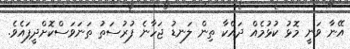
އޭނާ ވަނީ މޮޅު ކުޅުމެއް ދައްކާ ތިން ލަނޑު ޖަހާނެ ފުރުސަތު ތަނަވަސްކޮށްދީފައެވެ.